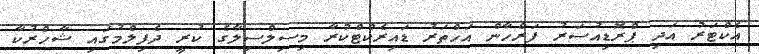
އެކްޓަރު އަދި ޕްރޮޑިއުސަރު ފަރްހާން އަހްތަރު ޑައިރެކްޓްކުރާ މިސިލްސިލާގެ ކުރީ ދެފިލްމުގައި ޝާހްރުކާ